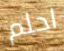
احلم